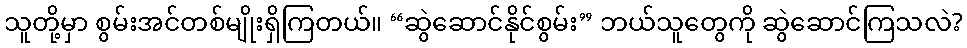
သူတို့မှာ စွမ်းအင်တစ်မျိုးရှိကြတယ်။ “ဆွဲဆောင်နိုင်စွမ်း” ဘယ်သူတွေကို ဆွဲဆောင်ကြသလဲ?